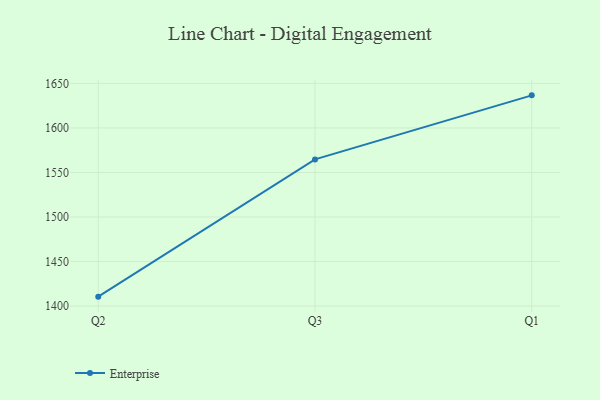
{"axis": {"x": "Quarter", "y": "Tickets Resolved"}, "legend": ["Enterprise"], "data": [{"x": "Q2", "y": 1410.6, "type": "Enterprise"}, {"x": "Q3", "y": 1564.7, "type": "Enterprise"}, {"x": "Q1", "y": 1636.6, "type": "Enterprise"}]}